Report on sanitation, dispensaries, and jails in Rajputana for 1911, and on vaccination for the year 1911-1912 - 1911-1912
Year: 1911
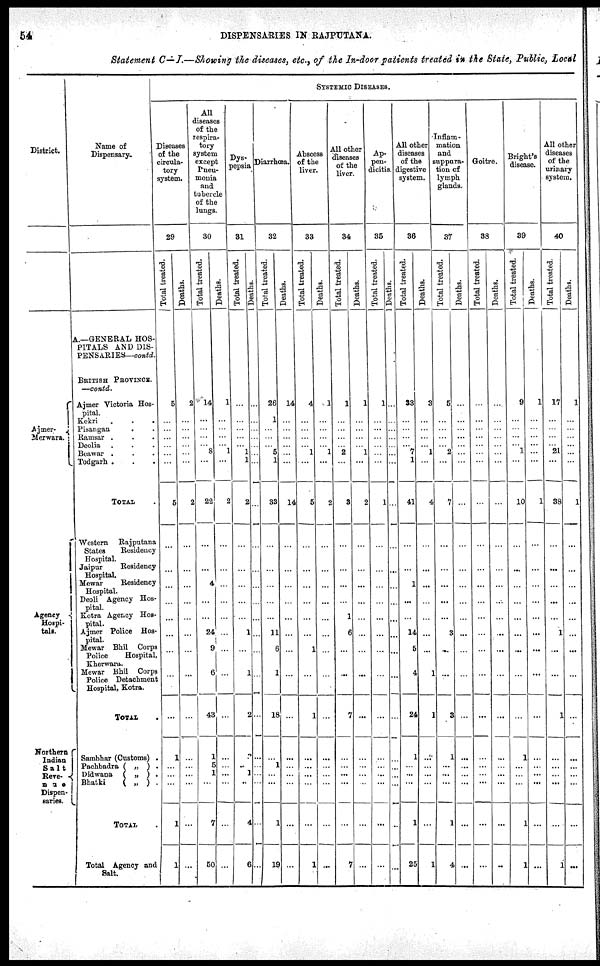
54
DISPENSARIES IN RAJPUTANA.
Statement C—I.—Showing the diseases, etc., of the In-door patients treated in the State, Public, Local
District.
Ajmer¬
Merwara.
Agency
Hospi-
tals.
Northern
Indian
Salt
Rave¬
nue
Dispen-
saries.
Name of
Dispensary.
A.—GENERAL HOS-
PITALS AND DIS¬
PENSARIES—contd.
BRITISH PROVINCE.
—contd.
Ajmer Victoria Hos-
pital.
Kekri . . .
Pisangan . .
Ramsar . . .
Deolia . . .
Beawar . . .
Todgarh . . .
TOTAL
Western
Rajputana
States
Residency
Hospital.
Jaipur
Residency
Hospital.
Mewar
Residency
Hospital.
Deoli Agency Hos-
pital.
Kotra Agency Hos-
pital.
Ajmer Police Hos-
pital.
Mewar Bhil Corps
Police
Hospital,
Kherwara.
Mewar Bhil Corps
Police Detachment
Hospital, Kotra.
TOTAL .
Sambhar (Customs) .
Pachbadra ( „ ) .
Didwana ( „ ) .
Bhatki
( „ ) .
TOTAL
Total Agency and
Salt.
SYSTEMIC DISEASES.
Diseases
of the
circula-
tory
system.
29
Total treated.
5
...
...
...
...
...
...
5
...
...
...
...
...
...
...
...
...
1
...
...
...
1
1
Deaths.
2
...
...
...
...
...
...
2
...
...
...
...
...
...
...
...
...
...
...
...
...
...
...
All
diseases
of the
respira-
tory
system
except
Pneu¬
monia
and
tubercle
of the
lungs.
30
Total treated.
14
...
...
...
... 8
...
22
...
...
4
...
...
24
9
6
43
1
5
1
...
7
50
Deaths.
1
...
...
...
... 1
...
2
...
...
...
...
...
...
...
...
...
...
...
...
...
...
...
Dys¬
pepsia
31
Total treated.
...
...
...
...
... 1
1
2
...
...
...
...
...
1
...
1
2
2
...
1
...
4
6
Deaths.
...
...
...
...
...
...
...
...
...
...
...
...
...
...
...
...
...
...
...
...
...
...
...
Diarrhœa.
32
Total treated.
26
1
...
...
... 5
1
33
...
...
...
...
...
11
6
1
18
...
1
...
...
1
19
Deaths.
14
...
...
...
...
...
...
14
...
...
...
...
...
...
...
...
...
...
...
...
...
...
...
Abscess
of the
liver.
33
Total treated.
4
...
...
...
... 1
...
5
...
...
...
...
...
...
1
...
1
...
...
...
...
...
1
Deaths.
1
...
...
...
... 1
...
2
...
...
...
...
...
...
...
...
...
...
...
...
...
...
...
All other
diseases
of the
liver.
34
Total treated.
1
...
...
...
... 2
...
3
...
...
...
...
1
6
...
...
7
...
...
...
...
...
7
Deaths.
1
...
...
...
... 1
...
2
...
...
...
...
...
...
...
...
...
...
...
...
...
...
...
Ap¬
pen¬
dicitis.
35
Total treated.
1
...
...
...
...
...
...
1
...
...
...
...
...
...
...
...
...
...
...
...
...
...
...
Deaths.
...
...
...
...
...
...
...
...
...
...
...
...
...
...
...
...
...
...
...
...
...
...
...
All other
diseases
of the
digestive
system.
36
Total treated.
33
...
...
...
... 7
1
41
...
...
1
...
...
14
5
4
24
1
...
...
...
1
25
Deaths.
3
...
...
...
... 1
...
4
...
...
...
...
...
...
...
1
1
...
...
...
...
...
1
Inflam-
mation
and
suppura-
tion of
lymph
glands.
37
Total treated.
5
...
...
...
... 2
...
7
...
...
...
...
...
3
...
...
3
1
...
...
...
1
4
Deaths.
...
...
...
...
...
...
...
...
...
...
...
...
...
...
...
...
...
...
...
...
...
...
...
Goitre.
38
Total treated.
...
...
...
...
...
...
...
...
...
...
...
...
...
...
...
...
...
...
...
...
...
...
...
Deaths.
...
...
...
...
...
...
...
...
...
...
...
...
...
...
...
...
...
...
...
...
...
...
...
Bright's
disease.
39
Total treated.
9
...
...
...
... 1
...
10
...
...
...
...
...
...
...
...
...
1
...
...
...
1
1
Deaths.
1
...
...
...
...
...
...
1
...
...
...
...
...
...
...
...
...
...
...
...
...
...
...
All other
diseases
of the
urinary
system.
40
Total treated.
17
...
...
...
... 21
...
38
...
...
...
...
...
1
...
...
1
...
...
...
...
...
1
Deaths.
1
...
...
...
...
...
...
1
...
...
...
...
...
...
...
...
...
...
...
...
...
...